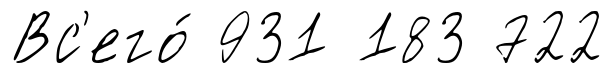
Вс'его́ 931 183 722